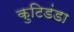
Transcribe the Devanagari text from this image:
कुटिडंडा